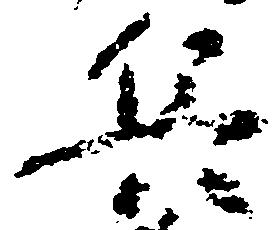
兵